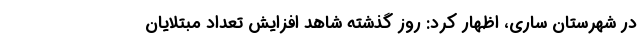
در شهرستان ساری، اظهار کرد: روز گذشته شاهد افزایش تعداد مبتلایان